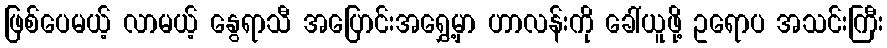
ဖြစ်ပေမယ့် လာမယ့် နွေရာသီ အပြောင်းအရွှေ့မှာ ဟာလန်းကို ခေါ်ယူဖို့ ဥရောပ အသင်းကြီး